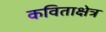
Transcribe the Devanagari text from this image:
कविताक्षेत्र